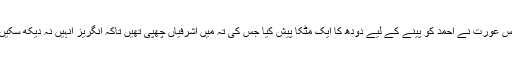
اس عورت نے احمد کو پینے کے لیے دودھ کا ایک مٹکا پیش کیا جس کی تہ میں اشرفیاں چھپی تھیں تاکہ انگریز انہیں نہ دیکھ سکیں۔